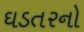
ઘડતરનો